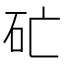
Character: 𥐞